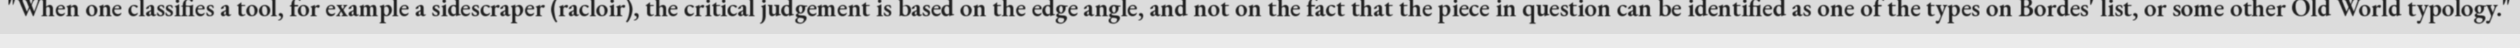
"When one classifies a tool, for example a sidescraper (racloir), the critical judgement is based on the edge angle, and not on the fact that the piece in question can be identified as one of the types on Bordes' list, or some other Old World typology."